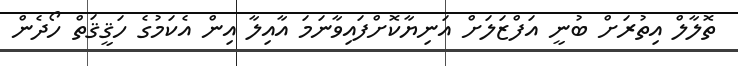
ތޮލާލް އިތުރަށް ބުނީ އަފްޒަލަށް އަނިޔާކޮށްފައިވާނަމަ އާއިލާ އިން އެކަމުގެ ހަޤީޤަތް ހޯދެން